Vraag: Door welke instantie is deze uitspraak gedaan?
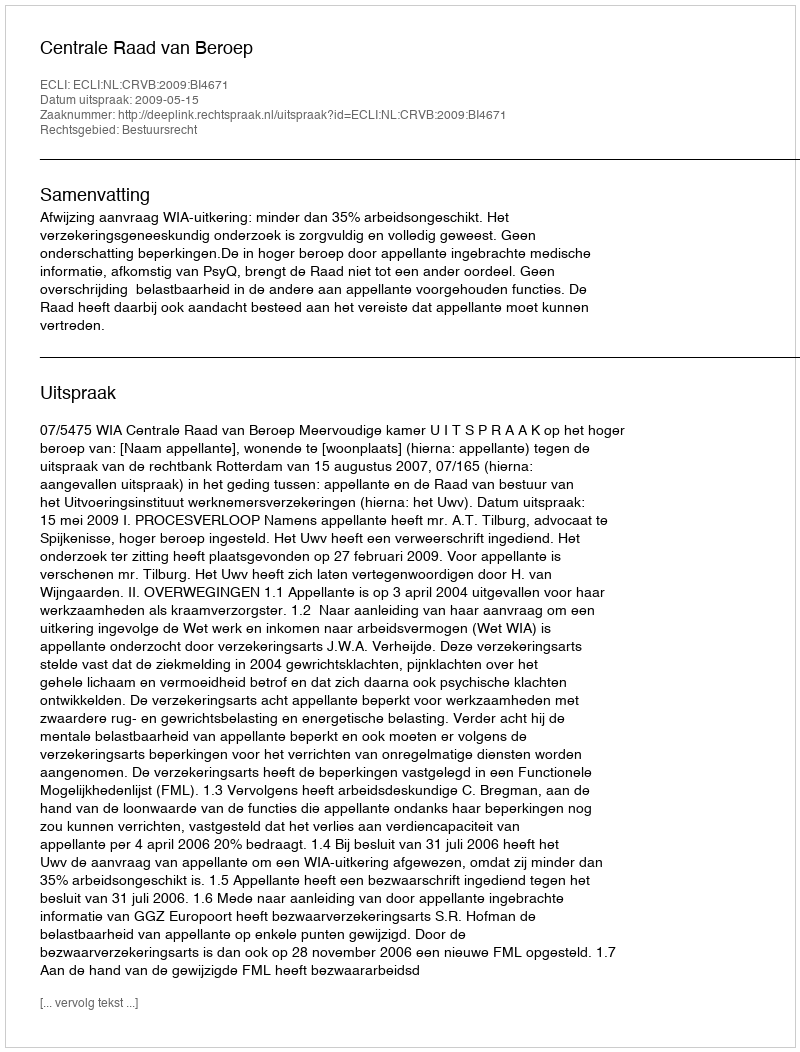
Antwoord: Centrale Raad van Beroep